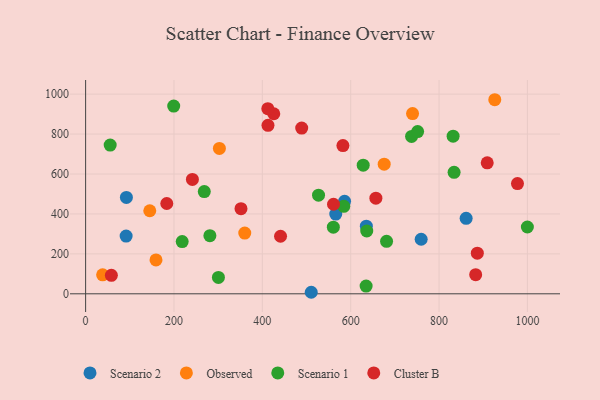
{"axis": {"x": "Study Hours", "y": "Exam Score"}, "legend": ["Cluster B", "Observed", "Scenario 1", "Scenario 2"], "data": [{"x": "566.2", "y": 399.2, "type": "Scenario 2"}, {"x": "92.3", "y": 482.5, "type": "Scenario 2"}, {"x": "91.7", "y": 289.3, "type": "Scenario 2"}, {"x": "635.4", "y": 338.5, "type": "Scenario 2"}, {"x": "759.5", "y": 273.3, "type": "Scenario 2"}, {"x": "510.7", "y": 7.7, "type": "Scenario 2"}, {"x": "861.3", "y": 377.8, "type": "Scenario 2"}, {"x": "586.1", "y": 463.2, "type": "Scenario 2"}, {"x": "159.3", "y": 169.7, "type": "Observed"}, {"x": "302.8", "y": 728.1, "type": "Observed"}, {"x": "675.8", "y": 649.2, "type": "Observed"}, {"x": "38.5", "y": 95.3, "type": "Observed"}, {"x": "145.2", "y": 415.9, "type": "Observed"}, {"x": "926.1", "y": 972.0, "type": "Observed"}, {"x": "740.0", "y": 902.6, "type": "Observed"}, {"x": "360.2", "y": 304.4, "type": "Observed"}, {"x": "634.9", "y": 38.6, "type": "Scenario 1"}, {"x": "737.8", "y": 788.2, "type": "Scenario 1"}, {"x": "584.3", "y": 437.9, "type": "Scenario 1"}, {"x": "628.3", "y": 644.3, "type": "Scenario 1"}, {"x": "834.0", "y": 608.4, "type": "Scenario 1"}, {"x": "55.6", "y": 744.8, "type": "Scenario 1"}, {"x": "560.7", "y": 333.9, "type": "Scenario 1"}, {"x": "268.6", "y": 512.2, "type": "Scenario 1"}, {"x": "218.6", "y": 261.8, "type": "Scenario 1"}, {"x": "527.2", "y": 493.9, "type": "Scenario 1"}, {"x": "199.4", "y": 940.2, "type": "Scenario 1"}, {"x": "751.5", "y": 812.3, "type": "Scenario 1"}, {"x": "999.9", "y": 334.5, "type": "Scenario 1"}, {"x": "636.3", "y": 314.6, "type": "Scenario 1"}, {"x": "281.3", "y": 291.3, "type": "Scenario 1"}, {"x": "831.8", "y": 789.5, "type": "Scenario 1"}, {"x": "300.6", "y": 82.3, "type": "Scenario 1"}, {"x": "681.2", "y": 262.9, "type": "Scenario 1"}, {"x": "489.1", "y": 829.8, "type": "Cluster B"}, {"x": "657.0", "y": 479.2, "type": "Cluster B"}, {"x": "425.9", "y": 901.8, "type": "Cluster B"}, {"x": "351.7", "y": 426.3, "type": "Cluster B"}, {"x": "412.8", "y": 843.6, "type": "Cluster B"}, {"x": "561.1", "y": 448.6, "type": "Cluster B"}, {"x": "582.4", "y": 742.5, "type": "Cluster B"}, {"x": "412.4", "y": 927.1, "type": "Cluster B"}, {"x": "183.7", "y": 452.4, "type": "Cluster B"}, {"x": "886.6", "y": 203.3, "type": "Cluster B"}, {"x": "977.5", "y": 552.2, "type": "Cluster B"}, {"x": "241.7", "y": 572.8, "type": "Cluster B"}, {"x": "441.2", "y": 288.3, "type": "Cluster B"}, {"x": "882.9", "y": 95.9, "type": "Cluster B"}, {"x": "909.0", "y": 655.9, "type": "Cluster B"}, {"x": "58.3", "y": 92.8, "type": "Cluster B"}]}